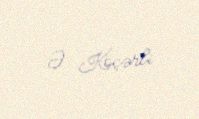
Ə. Köçərli